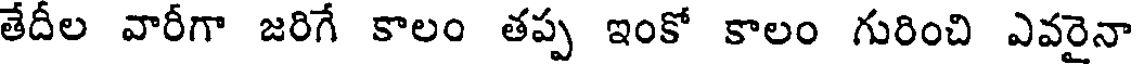
తేదీల వారీగా జరిగే కాలం తప్ప ఇంకో కాలం గురించి ఎవరైనా